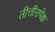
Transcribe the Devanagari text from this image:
तीत्तीरापेक्षा